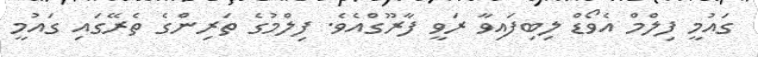
ގައުމީ ފިލްމް އެވޯޑް ލިބިފައިވާ ރަވީ ފާރޫގްއެވެ. ފިލްމުގެ ތަރިންގެ ތެރޭގައި ގައުމީ